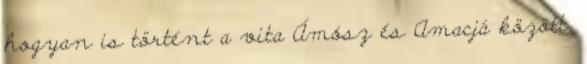
hogyan is történt a vita Ámósz és Amacjá között.